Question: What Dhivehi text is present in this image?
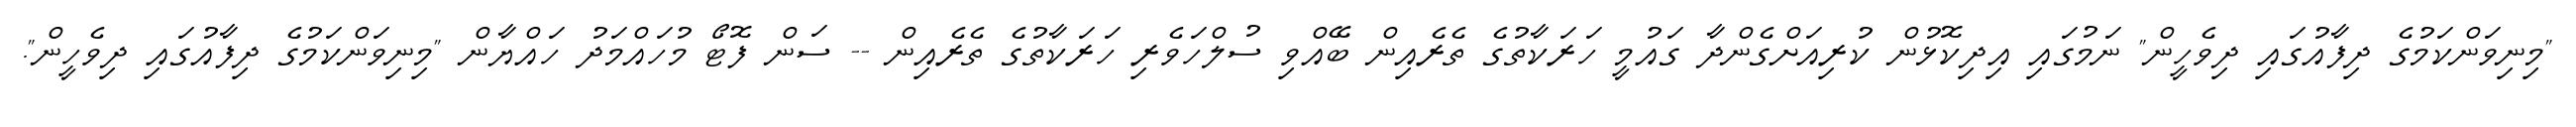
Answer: "މިނިވަންކަމުގެ ދިފާއުގައި ދިވެހީން" ނަމުގައި އިދިކޮޅުން ކުރިއަށްގެންދާ ގައުމީ ހަރަކާތުގެ ތެރެއިން ބޭއްވި ސުލްހަވެރި ހަރަކާތުގެ ތެރެއިން -- ސަން ފޮޓޯ މުހައްމަދު ހައްޔާން "މިނިވަންކަމުގެ ދިފާއުގައި ދިވެހީން".